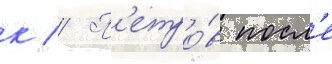
к // П'етро́в посл'е